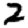
Digit: 2